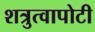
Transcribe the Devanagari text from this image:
शत्रुत्वापोटी